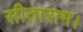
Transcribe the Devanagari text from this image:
सीताराम।